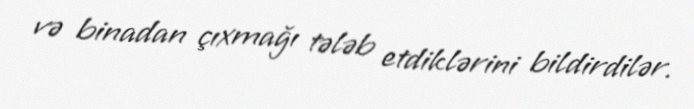
və binadan çıxmağı tələb etdiklərini bildirdilər.